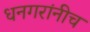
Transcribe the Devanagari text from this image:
धनगरांनीच